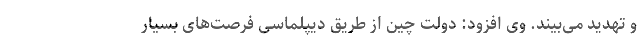
و تهدید می‌بیند. وی افزود: دولت چین از طریق دیپلماسی فرصت‌های بسیار